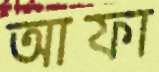
আফা